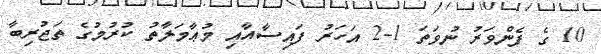
10 ގެ ފެންވަރު ނުވަތަ 1-2 އަހަރު ފައިސާއާއި މުޢާމަލާތު ކުރުމުގެ ތަޖުރިބާ